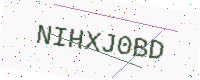
Text: NIHXJ0BD